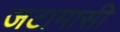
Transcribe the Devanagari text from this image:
जटामासी